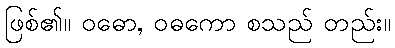
ဖြစ်၏။ ဝဓော, ဝဓကော စသည် တည်း။